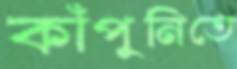
কাঁপুনিতে